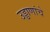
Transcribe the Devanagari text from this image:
उड्डाणांचे